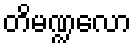
တိမဏ္ဍလော